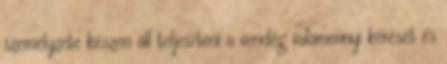
személyzete készen áll teljesíteni a vendég valamennyi kérését és